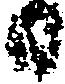
日